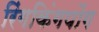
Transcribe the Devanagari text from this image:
रिंगकिंगपोंग